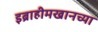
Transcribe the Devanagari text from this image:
इब्राहीमखानच्या